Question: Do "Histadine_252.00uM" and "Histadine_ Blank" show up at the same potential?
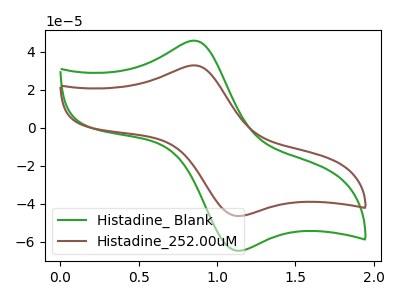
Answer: <think>The green curve "Histadine_ Blank" has an anodic peak at (0.85V, 45.95uA) and a cathodic peak at (1.15V, -64.65uA). The brown curve "Histadine_252.00uM" has an anodic peak at (0.85V, 32.95uA) and a cathodic peak at (1.15V, -46.35uA).
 All the peaks in "Histadine_252.00uM" have a peak in "Histadine_ Blank" at the same potential. Every peak in "Histadine_252.00uM" is lower than every peak in "Histadine_ Blank".</think>
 <answer>"Histadine_252.00uM" and "Histadine_ Blank" are similar in shape.</answer>
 <eval>same_shape</eval>